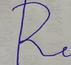
Signature authenticity: forged